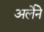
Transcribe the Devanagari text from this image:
अर्लेने